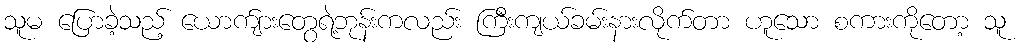
သူမ ပြောခဲ့သည့် ယောက်ျားတွေရဲ့ဘုန်းကလည်း ကြီးကျယ်ခမ်းနားလိုက်တာ ဟူသော စကားကိုတော့ သူ